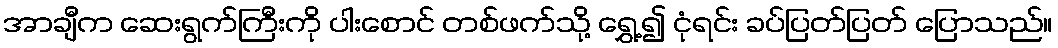
အာချီက ဆေးရွက်ကြီးကို ပါးစောင် တစ်ဖက်သို့ ရွှေ့၍ ငုံရင်း ခပ်ပြတ်ပြတ် ပြောသည်။